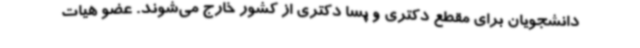
دانشجویان برای مقطع دکتری و پسا دکتری از کشور خارج می‌شوند. عضو هیات